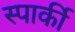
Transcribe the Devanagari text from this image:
स्पार्की